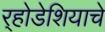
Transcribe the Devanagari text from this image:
र्‍होडेशियाचे